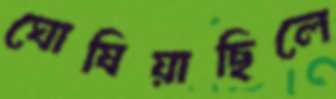
ঘোষিয়াছিলে